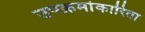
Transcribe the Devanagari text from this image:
उपक्रमांकारिता